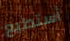
أستطيع